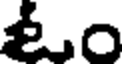
ఓం